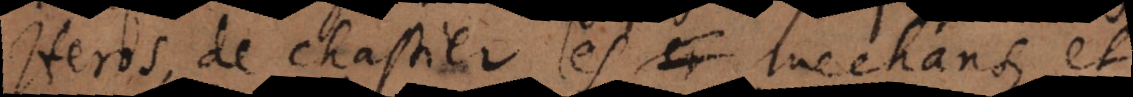
Heros, de chastier les mechans, et